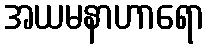
အယမနာဟာရော